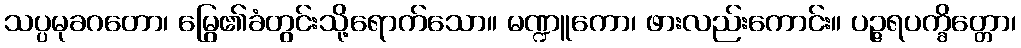
သပ္ပမုခဂတော၊ မြွေ၏ခံတွင်းသို့ရောက်သော။ မဏ္ဍူကော၊ ဖားလည်းကောင်း။ ပဉ္ဇရပက္ခိတ္တော၊